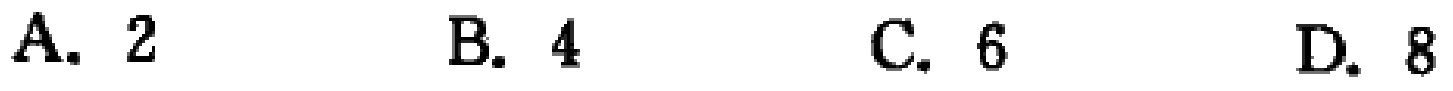
A. \(2\)  B. \(4\)  C. \(6\)  D. \(8\)